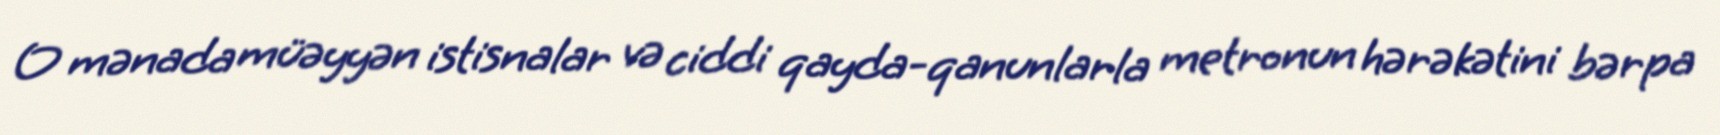
O mənada müəyyən istisnalar və ciddi qayda-qanunlarla metronun hərəkətini bərpa